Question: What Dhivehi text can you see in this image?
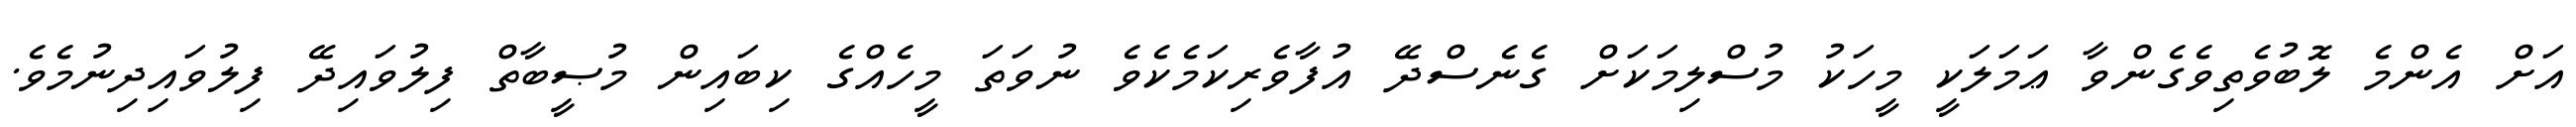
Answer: އަށް އެންމެ ލޮބުވެތިވެގެންވާ ޢަމަލަކީ މީހަކު މުސްލިމަކަށް ގެނެސްދޭ އުފާވެރިކަމެކެވެ ނުވަތަ މީހެއްގެ ކިބައިން މުޞީބާތް ފިލުވައިދޭ ފިލުވައިދިނުމެވެ.